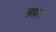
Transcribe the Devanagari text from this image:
ब्रह्मांङ